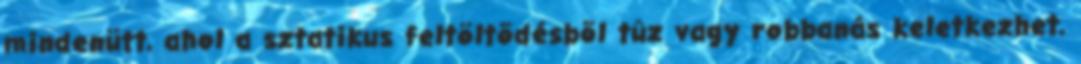
mindenütt, ahol a sztatikus feltöltõdésbõl tûz vagy robbanás keletkezhet,